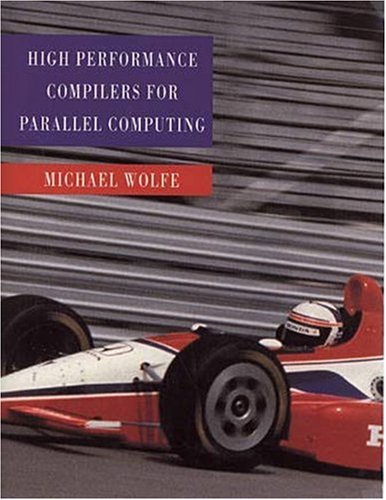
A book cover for High-Performance Compilers for Parallel Computing; Michael Wolfe; Computers & Technology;